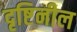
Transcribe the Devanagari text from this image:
दृष्टिनील